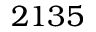
2 1 3 5